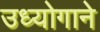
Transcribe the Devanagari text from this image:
उध्योगाने